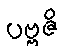
ပဗ္ဗဇိ